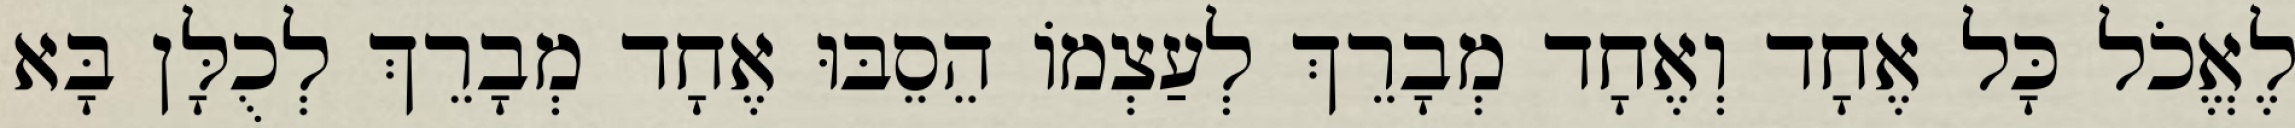
לֶאֱכֹל כָּל אֶחָד וְאֶחָד מְבָרֵךְ לְעַצְמוֹ הֵסֵבּוּ אֶחָד מְבָרֵךְ לְכֻלָּן בָּא